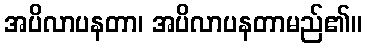
အပိလာပနတာ၊ အပိလာပနတာမည်၏။